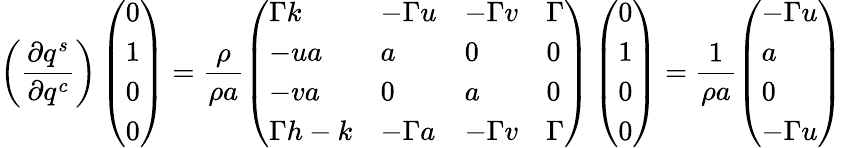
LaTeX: \left(\frac{\partial q^{s}}{\partial q^{c}}\right)\left(\begin{array}{l}{0}\\ {1}\\ {0}\\ {0}\end{array}\right)=\frac{\rho}{\rho a}\left(\begin{array}{llll}{\Gamma k}&{-\Gamma u}&{-\Gamma v}&{\Gamma}\\ {-ua}&{a}&{0}&{0}\\ {-va}&{0}&{a}&{0}\\ {\Gamma h-k}&{-\Gamma a}&{-\Gamma v}&{\Gamma}\end{array}\right)\left(\begin{array}{l}{0}\\ {1}\\ {0}\\ {0}\end{array}\right)=\frac{1}{\rho a}\left(\begin{array}{l}{-\Gamma u}\\ {a}\\ {0}\\ {-\Gamma u}\end{array}\right)